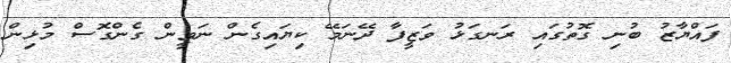
ފައްޔާޒު ބުނި ގޮތުގައި ރަނގަޅު ވަޒީފާ ދޭނަމޭ ކިޔައިގެން ނަވީން ގެންގޮސް މުޅިން